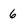
Character: 6